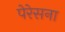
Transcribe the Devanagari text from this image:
पेरेसना